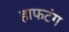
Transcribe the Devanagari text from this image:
हाफटंग